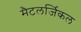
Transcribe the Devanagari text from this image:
मैटलर्जिकल